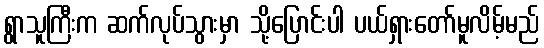
ရွာသူကြီးက ဆက်လုပ်သွားမှာ သို့ပြောင်းပါ ပယ်ရှားတော်မူလိမ့်မည်